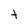
Character: t